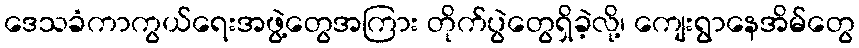
ဒေသခံကာကွယ်ရေးအဖွဲ့တွေအကြား တိုက်ပွဲတွေရှိခဲ့လို့၊ ကျေးရွာနေအိမ်တွေ